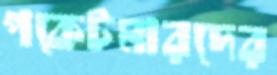
পকেটমারদের